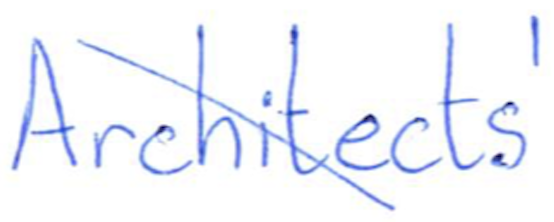
Text: Architects'
Cross-out: diagonal
Writing tool: ballpoint